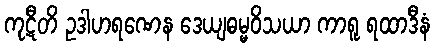
ကုဋီတိ ဥဒါဟရဏေန ဒေယျဓမ္မဝိသယာ ကာရူ ရထာဒီနံ